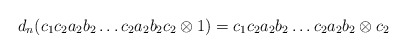
\begin{align*}d_n(c_1c_2a_2b_2 \dots c_2a_2b_2c_2 \otimes 1) = c_1c_2a_2b_2 \dots c_2a_2b_2 \otimes c_2\end{align*}